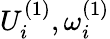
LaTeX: U_{i}^{(1)},\omega_{i}^{(1)}